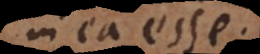
in ea esse.